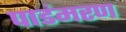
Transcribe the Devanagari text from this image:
पाडंमरण